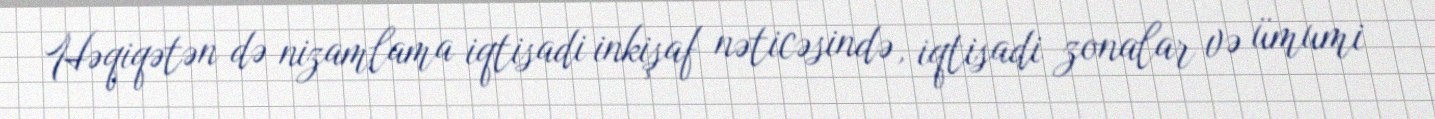
Həqiqətən də nizamlama iqtisadi inkişaf nəticəsində, iqtisadi zonalar və ümumi